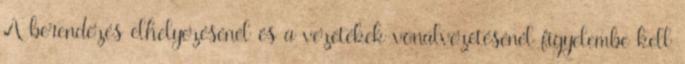
A berendezés elhelyezésénél és a vezetékek vonalvezetésénél figyelembe kell